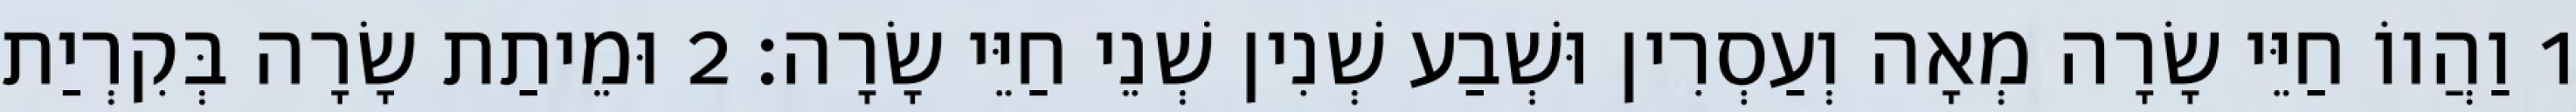
1 וַהֲווֹ חַיֵּי שָׂרָה מְאָה וְעַסְרִין וּשְׁבַע שְׁנִין שְׁנֵי חַיֵּי שָׂרָה׃ 2 וּמֵיתַת שָׂרָה בְּקִרְיַת